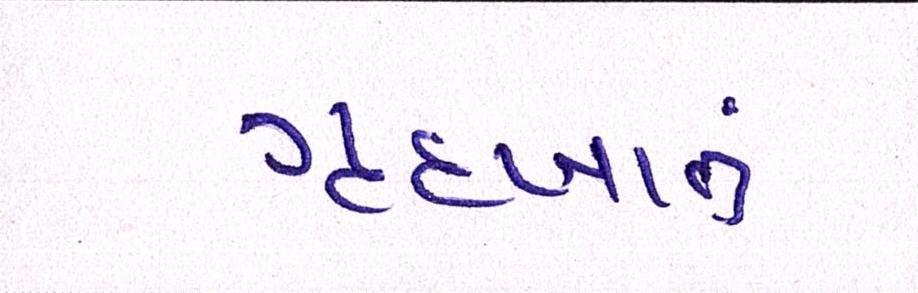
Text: ગૃહખાતું